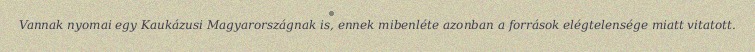
Vannak nyomai egy Kaukázusi Magyarországnak is, ennek mibenléte azonban a források elégtelensége miatt vitatott.